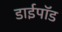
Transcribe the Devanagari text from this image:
डाईपॉड